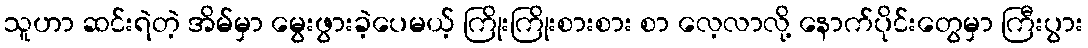
သူဟာ ဆင်းရဲတဲ့ အိမ်မှာ မွေးဖွားခဲ့ပေမယ့် ကြိုးကြိုးစားစား စာ လေ့လာလို့ နောက်ပိုင်းတွေမှာ ကြီးပွား